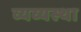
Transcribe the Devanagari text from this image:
व्यव्यस्था